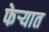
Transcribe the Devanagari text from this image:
फेऱ्यात